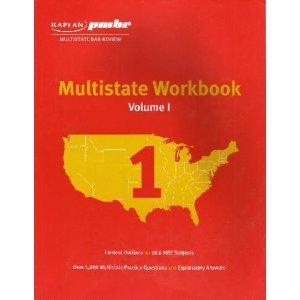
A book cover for Kaplan pmbr Multistate Workbook Volume 1 (1); Kaplan Inc; Business & Money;